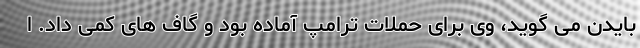
بایدن می گوید، وی برای حملات ترامپ آماده بود و گاف های کمی داد. ا